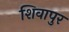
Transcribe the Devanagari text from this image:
शिवापुर